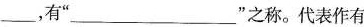
__,有”___”之称。代表作有